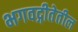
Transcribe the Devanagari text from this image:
भगवद्गीतेतील